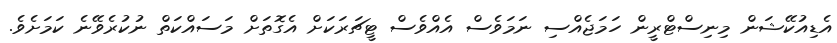
އެޑިއުކޭޝަން މިނިސްޓްރީން ހަމަޖެއްސި ނަމަވެސް އެއްވެސް ޓީޗަރަކަށް އެގޮތަށް މަސައްކަތް ނުކުރެވޭނެ ކަމަށެެވެ.